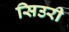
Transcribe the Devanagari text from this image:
सिउरी